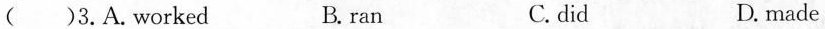
( )3.A.worked B.ran C. did D. made